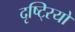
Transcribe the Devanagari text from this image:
दृष्टि्रयों